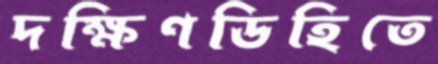
দক্ষিণডিহিতে